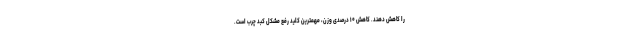
را کاهش دهند. کاهش ۱۰ درصدی وزن، مهمترین کلید رفع مشکل کبد چرب است.